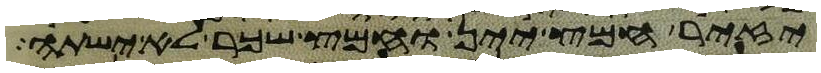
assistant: יזיר חמץ יין וחמץ שכר לא ישתה